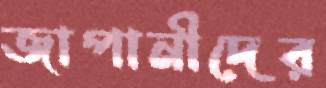
জাপানীদের